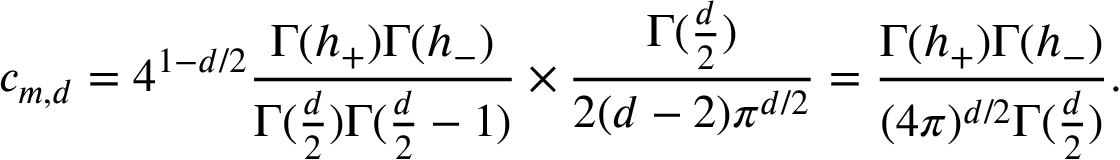
c _ { m , d } = 4 ^ { 1 - d / 2 } \frac { \Gamma ( h _ { + } ) \Gamma ( h _ { - } ) } { \Gamma ( \frac { d } { 2 } ) \Gamma ( \frac { d } { 2 } - 1 ) } \times \frac { \Gamma ( \frac { d } { 2 } ) } { 2 ( d - 2 ) \pi ^ { d / 2 } } = \frac { \Gamma ( h _ { + } ) \Gamma ( h _ { - } ) } { ( 4 \pi ) ^ { d / 2 } \Gamma ( \frac { d } { 2 } ) } .